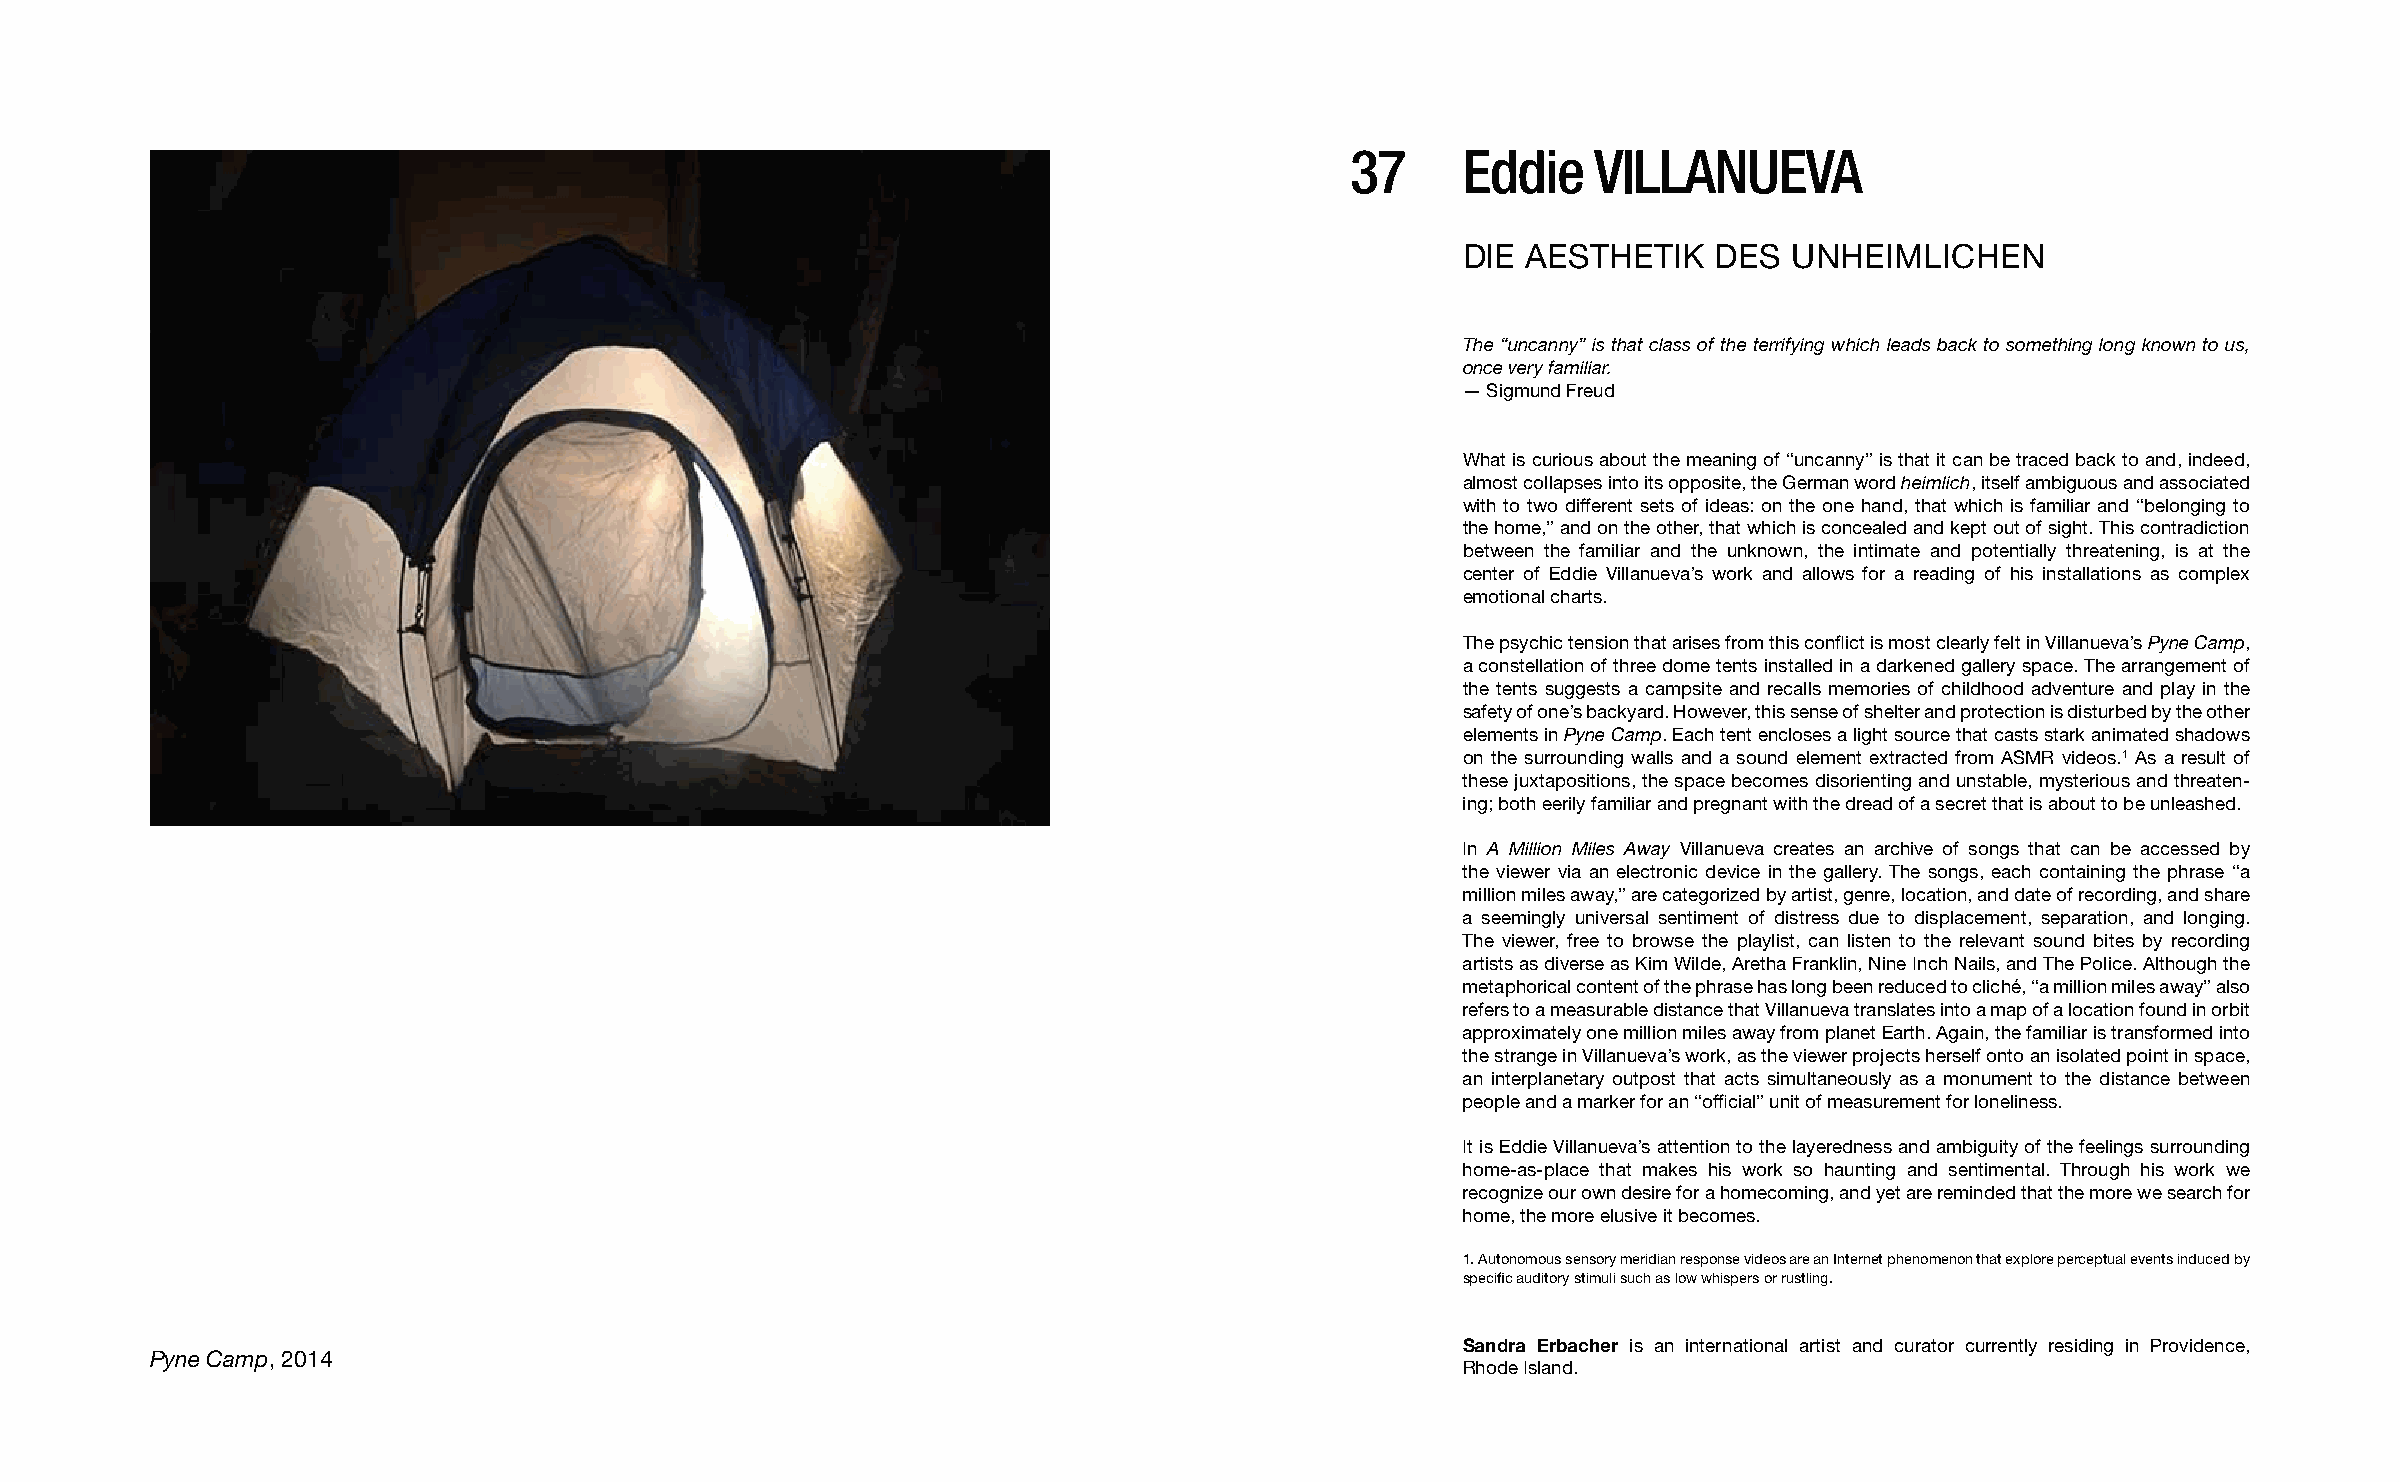
37      Eddie    VILLANUEVA
 DIE AESTHETIK    DES  UNHEIMLICHEN
 The “uncanny” is that class of the terrifying which leads back to something long known to us,
 once very familiar.
 — Sigmund Freud
 What is curious about the meaning of “uncanny” is that it can be traced back to and, indeed,
 almost collapses into its opposite, the German word heimlich, itself ambiguous and associated
 with to two different sets of ideas: on the one hand, that which is familiar and “belonging to
 the home,” and on the other, that which is concealed and kept out of sight. This contradiction
 between the familiar and the unknown, the intimate and potentially threatening, is at the
 center of Eddie Villanueva’s work and allows for a reading of his installations as complex
 emotional charts.
 The psychic tension that arises from this conflict is most clearly felt in Villanueva’s Pyne Camp,
 a constellation of three dome tents installed in a darkened gallery space. The arrangement of
 the tents suggests a campsite and recalls memories of childhood adventure and play in the
 safety of one’s backyard. However, this sense of shelter and protection is disturbed by the other
 elements in Pyne Camp. Each tent encloses a light source that casts stark animated shadows
 on the surrounding walls and a sound element extracted from ASMR videos.1 As a result of
 these juxtapositions, the space becomes disorienting and unstable, mysterious and threaten-
 ing; both eerily familiar and pregnant with the dread of a secret that is about to be unleashed.
 In A Million Miles Away Villanueva creates an archive of songs that can be accessed by
 the viewer via an electronic device in the gallery. The songs, each containing the phrase “a
 million miles away,” are categorized by artist, genre, location, and date of recording, and share
 a seemingly universal sentiment of distress due to displacement, separation, and longing.
 The viewer, free to browse the playlist, can listen to the relevant sound bites by recording
 artists as diverse as Kim Wilde, Aretha Franklin, Nine Inch Nails, and The Police. Although the
 metaphorical content of the phrase has long been reduced to cliché, “a million miles away” also
 refers to a measurable distance that Villanueva translates into a map of a location found in orbit
 approximately one million miles away from planet Earth. Again, the familiar is transformed into
 the strange in Villanueva’s work, as the viewer projects herself onto an isolated point in space,
 an interplanetary outpost that acts simultaneously as a monument to the distance between
 people and a marker for an “official” unit of measurement for loneliness.
 It is Eddie Villanueva’s attention to the layeredness and ambiguity of the feelings surrounding
 home-as-place that makes his work so haunting and sentimental. Through his work we
 recognize our own desire for a homecoming, and yet are reminded that the more we search for
 home, the more elusive it becomes.
 1. Autonomous sensory meridian response videos are an Internet phenomenon that explore perceptual events induced by
 specific auditory stimuli such as low whispers or rustling.
 Sandra Erbacher is an international artist and curator currently residing in Providence,
 Pyne Camp, 2014
 Rhode Island.